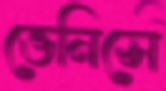
ভেনিসে